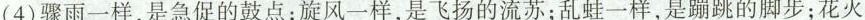
(4)骤雨一样，是急促的鼓点；旋风一样，是飞扬的流苏；乱蛙一样，是蹦跳的脚步；花火